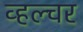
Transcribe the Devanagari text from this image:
व्हल्चर